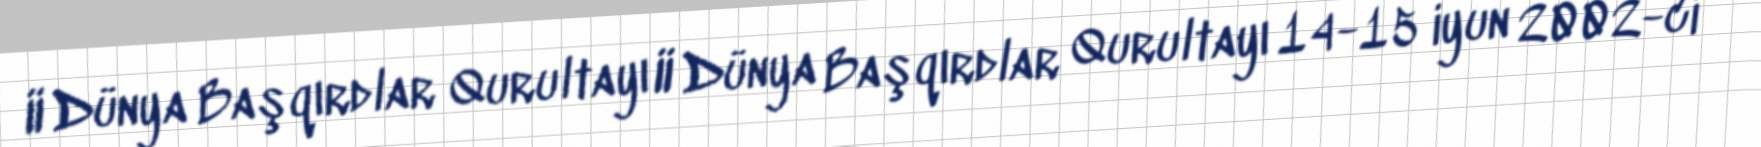
II Dünya Başqırdlar Qurultayı II Dünya Başqırdlar Qurultayı 14-15 iyun 2002-ci